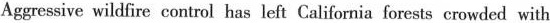
Aggressive wildfire control has left California forests crowded with